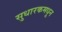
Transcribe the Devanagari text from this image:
सुधारकमधून